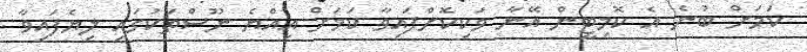
ކަމަށް ބުނެ އެ ކޮމިޓީން އޭނާ ވަކިކޮށްފައިވާ ކަމަށް އިއްޔެ ނޫސްތަކުގައި ލިޔެފައިވާ